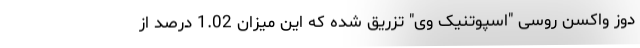
دوز واکسن روسی "اسپوتنیک وی" تزریق شده که این میزان 1.02 درصد از